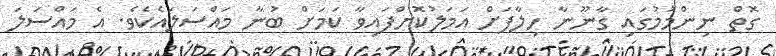
ގޮތް ނިންމުމުގައި ގާނޫނާ ހިލާފަށް އަމަލުކޮށްފައިވާ ކަމަށް ބުނާ މައްސަލައެކެވެ. އެ މައްސަލަަ